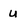
Character: u